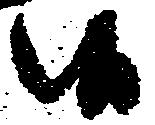
候